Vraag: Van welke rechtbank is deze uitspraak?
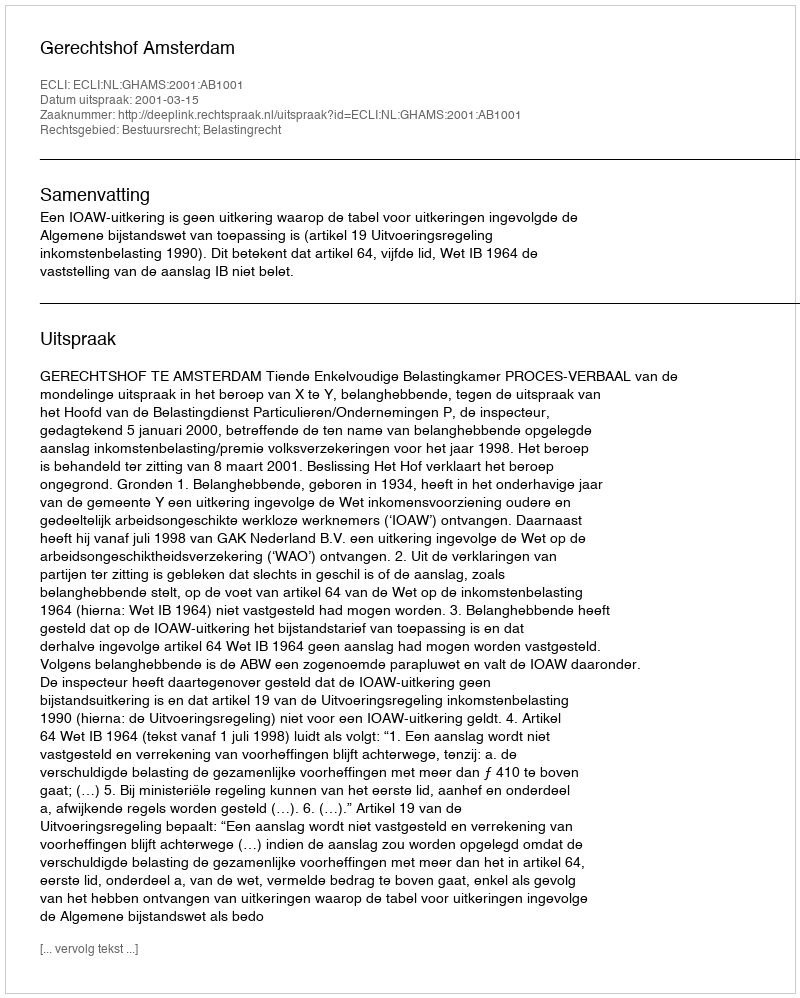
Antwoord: Gerechtshof Amsterdam